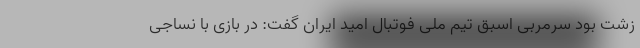
زشت بود سرمربی اسبق تیم ملی فوتبال امید ایران گفت: در بازی با نساجی